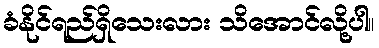
ခံနိုင်ရည်ရှိသေးလား သိအောင်လို့ပါ။